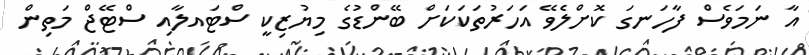
އާ ނަމަވެސް ފާހަނގަ ކޮށްލެވޭ އަހަރުތަކަކަށް ބޭންޑުގެ މިޔުޒިކީ ސްޓައލާއި ސްޓޭޖް މަތިން